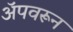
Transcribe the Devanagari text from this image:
अॅपवरून